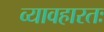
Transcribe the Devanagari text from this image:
व्यावहारतः